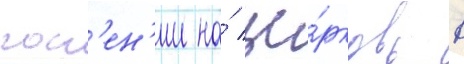
гон'ен'ии на́ це́рковь в